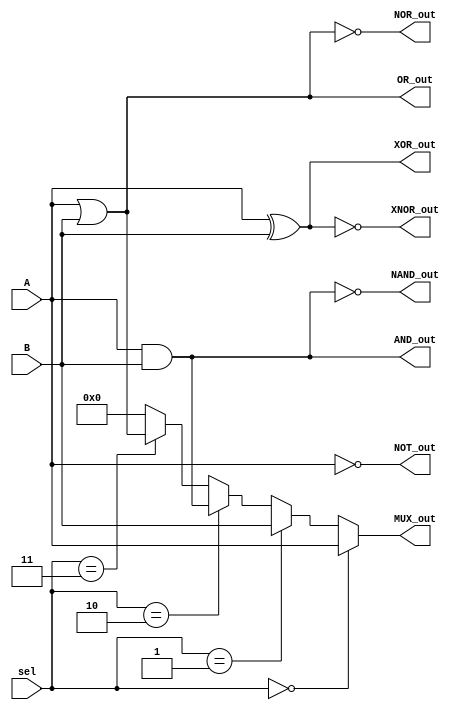
module combinational_logic (
    input wire [3:0] A,         // 4-bit input A
    input wire [3:0] B,         // 4-bit input B
    input wire [1:0] sel,       // Select signal for multiplexer
    output wire [3:0] AND_out,   // AND output
    output wire [3:0] OR_out,    // OR output
    output wire [3:0] NOT_out,   // NOT output
    output wire [3:0] NAND_out,  // NAND output
    output wire [3:0] NOR_out,   // NOR output
    output wire [3:0] XOR_out,   // XOR output
    output wire [3:0] XNOR_out,  // XNOR output
    output wire [3:0] MUX_out     // Multiplexer output
);

// Combinational Logic Operations
assign AND_out = A & B;       // AND operation
assign OR_out = A | B;        // OR operation
assign NOT_out = ~A;          // NOT operation (A)
assign NAND_out = ~(A & B);   // NAND operation
assign NOR_out = ~(A | B);    // NOR operation
assign XOR_out = A ^ B;       // XOR operation
assign XNOR_out = ~(A ^ B);   // XNOR operation

// Multiplexer Logic
assign MUX_out = (sel == 2'b00) ? A :  // Select input A
                 (sel == 2'b01) ? B :  // Select input B
                 (sel == 2'b10) ? AND_out : // Select AND output
                 (sel == 2'b11) ? OR_out :  // Select OR output
                 4'b0000;                  // Default case (shouldn't happen)

// Timing and area considerations would be handled in synthesis and place-and-route stages
// Power optimization techniques would be applied based on the target technology

endmodule